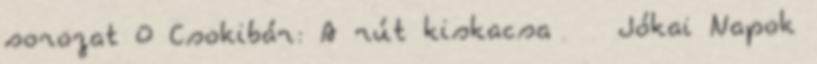
sorozat 0 Csokibár: A rút kiskacsa Jókai Napok